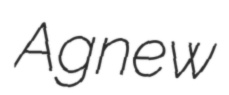
Agnew